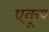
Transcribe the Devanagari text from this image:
एकूण्‍